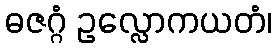
ဓဇဂ္ဂံ ဥလ္လောကယတံ၊